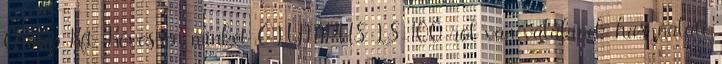
Group Kft. Kövessen minket OLYMPUS LS-100-ról van valakinek használati